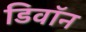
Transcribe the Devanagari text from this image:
डिवॉन